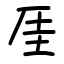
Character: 厓